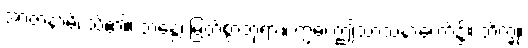
အာဇာနာမိ၊ သိ၏။ ဘန္တေ၊ မြတ်စွာဘုရား။ ဣဓ၊ ဤသာသနာတော်၌။ ဘိက္ခု၊